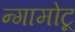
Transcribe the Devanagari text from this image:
न्गामोटू